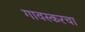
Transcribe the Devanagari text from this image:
गावस्करचा